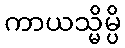
ကာယသ္မိမ္ပိ